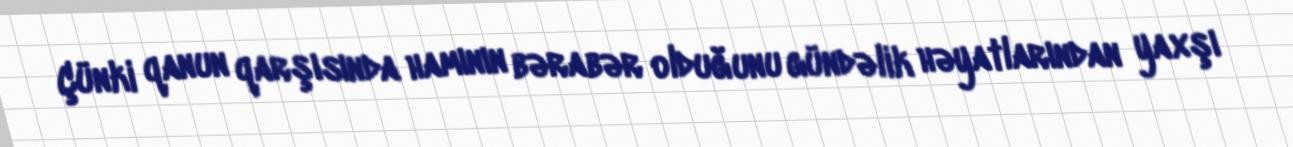
Çünki qanun qarşısında hamının bərabər olduğunu gündəlik həyatlarından yaxşı